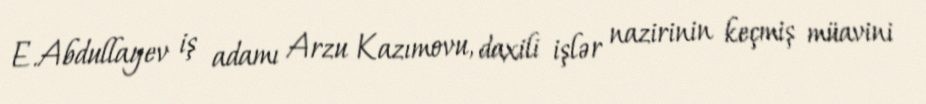
E.Abdullayev iş adamı Arzu Kazımovu, daxili işlər nazirinin keçmiş müavini